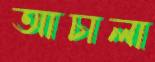
আচালা